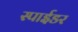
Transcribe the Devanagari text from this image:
स्पाईडर